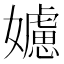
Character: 𡣭